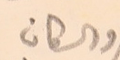
والسكان